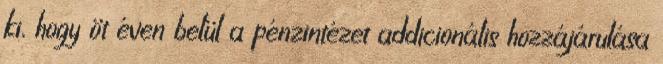
ki, hogy öt éven belül a pénzintézet addicionális hozzájárulása